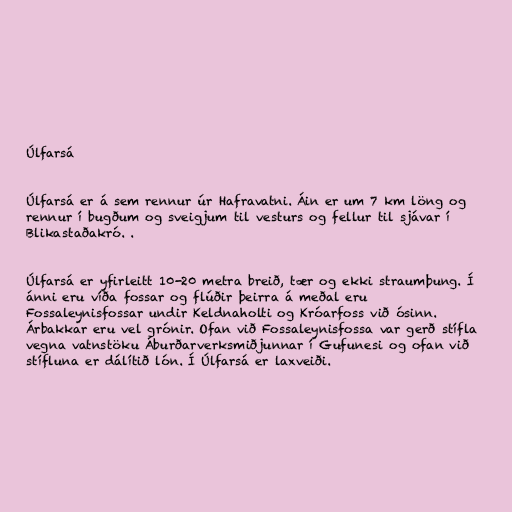
Úlfarsá

Úlfarsá er á sem rennur úr Hafravatni. Áin er um 7 km löng og
rennur í bugðum og sveigjum til vesturs og fellur til sjávar í
Blikastaðakró. .

Úlfarsá er yfirleitt 10-20 metra breið, tær og ekki straumþung. Í
ánni eru víða fossar og flúðir þeirra á meðal eru
Fossaleynisfossar undir Keldnaholti og Króarfoss við ósinn.
Árbakkar eru vel grónir. Ofan við Fossaleynisfossa var gerð stífla
vegna vatnstöku Áburðarverksmiðjunnar í Gufunesi og ofan við
stífluna er dálítið lón. Í Úlfarsá er laxveiði.